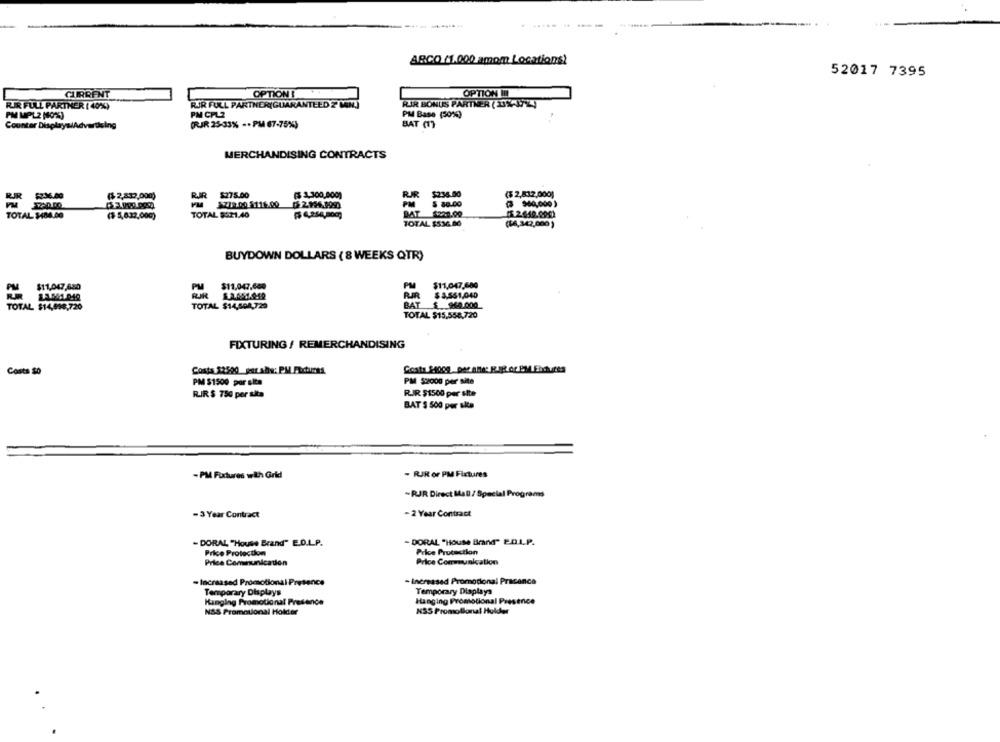
--
ARCO (1.000 amom Locations)
52017 7395
CURRENT
OPTION
OPTION IN
RJR FULL PARTNER(GUARANTEED 2 MIN)
RIR BONUS PARTNER ( 33%-372)
RIR FULL PARTNER ( 40%)
PM MPL2 (80%%)
PM CPL2
PM Base (50%)
Counter DisplayslAdvertising
(RJR 25-33% -. PM 67-75%)
BAT (1)
MERCHANDISING CONTRACTS
R.JR $275.00
($ 1,300,000)
RJR $236.00
($ 2,812,000)
$2:36.00
($ 2,832,000)
PM X772.00 5116.00
6211.199
PM
$ 80.00
TOTAL $484.00
($ 5,632,000)
TOTAL $321.40
DAT $220.00
TOTAL $536.00
(14,342,000 )
BUYDOWN DOLLARS ( 8 WEEKS QTR)
$11,047,650
PM $11.047,660
PM
$11,047.600
FJR 1.3.651.019
RIR
$ 8,561,040
TOTAL $14,508,729
BAT € 960.000
TOTAL $14,898,720
TOTAL $15.558,720
FIXTURING/ REMERCHANDISING
Costs So
Costa 32500 per alle: PM Factures
Conta 24000. per ante: R_BR or By/ Elctures
PM $1500 por site
PM $2000 per nite
RIR $ 750 per site
RIR $1500 per site
BAT 5 500 per site
- PM Fudures with Grid
- RIR or PM Fixtures
-RJR Direct Mall / Special Program
- 2 Year Contract
-3 Year Contract
- DORAL "House Brand" E.D.L.P.
- DORAL "House Brand" 2D.L.P.
Price Protection
Price Protection
Price Communication
Price Communication
- Increased Promotional Presence
- Increased Promotional Pracance
Temporary Displays
Temporary Displays
Hanging Promotional Presence
Hanging Promotional Presence
NAS Promotional Holder
NSS Promotional Holder